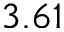
3 . 6 1